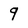
Character: 9